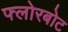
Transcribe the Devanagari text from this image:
फ्लोरबोट